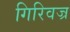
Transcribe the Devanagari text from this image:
गिरिवज्र